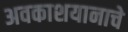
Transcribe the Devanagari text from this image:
अवकाशयानाचे